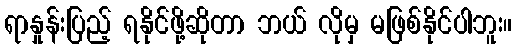
ရာနှုန်းပြည့် ရနိုင်ဖို့ဆိုတာ ဘယ် လိုမှ မဖြစ်နိုင်ပါဘူး။